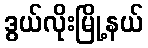
ဒွယ်လိုးမြို့နယ်